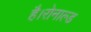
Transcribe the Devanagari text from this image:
है।रोनाल्ड